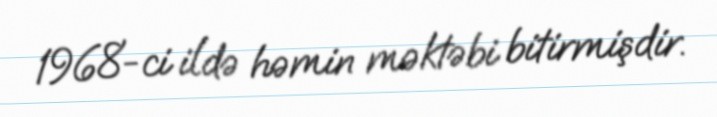
1968-ci ildə həmin məktəbi bitirmişdir.